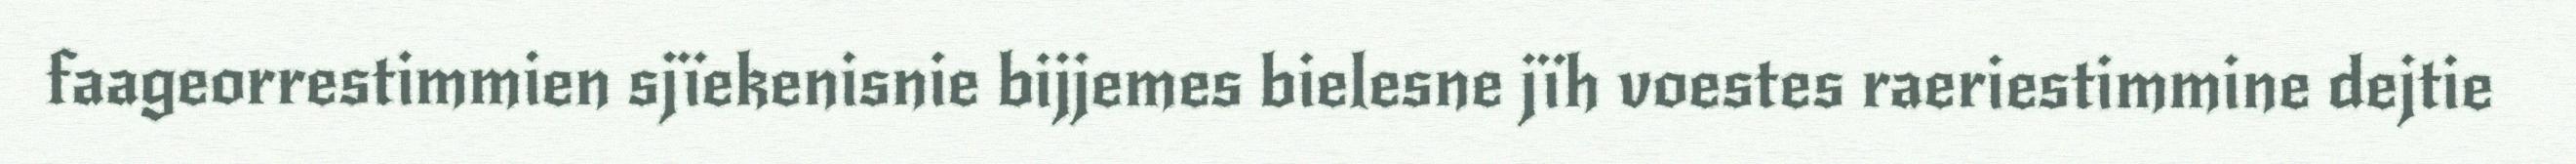
faageorrestimmien sjïekenisnie bijjemes bielesne jïh voestes raeriestimmine dejtie